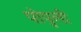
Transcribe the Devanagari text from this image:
पोपुली